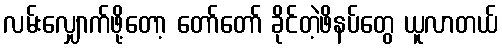
လမ်းလျှောက်ဖို့တော့ တော်တော် ခိုင်တဲ့ဖိနပ်တွေ ယူလာတယ်